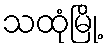
သထုံမြို့